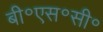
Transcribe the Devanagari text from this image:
बी॰एस॰सी॰